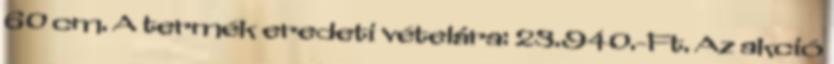
60 cm. A termék eredeti vételára: 23.940.-Ft. Az akció